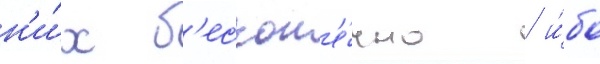
н'и́х б'ескон'е́чно / и́бо